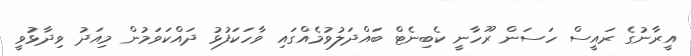
އީރާނުގެ ރައީސް ހަސަން ރޫހާނީ ކެބިނެޓް ބައްދަލުވުމެއްގައި ވާހަކަފުޅު ދައްކަވަމުން މިއަދު ވިދާޅުވީ